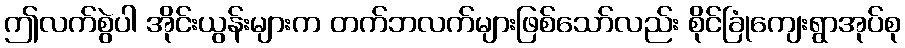
ဤလက်စွဲပါ အိုင်းယွန်းများက တက်ဘလက်များဖြစ်သော်လည်း စိုင်ခြုံကျေးရွာအုပ်စု